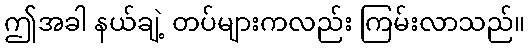
ဤအခါ နယ်ချဲ့ တပ်များကလည်း ကြမ်းလာသည်။